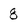
Character: 8